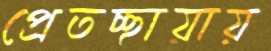
প্রেতচ্ছায়ায়